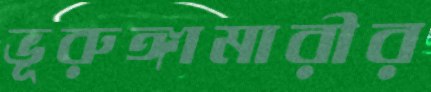
ভূরুঙ্গামারীর